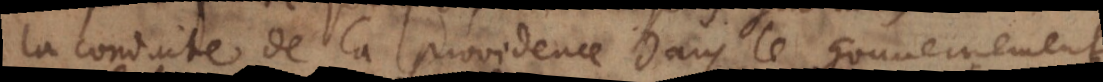
la conduite de la providence dans le gouvernement